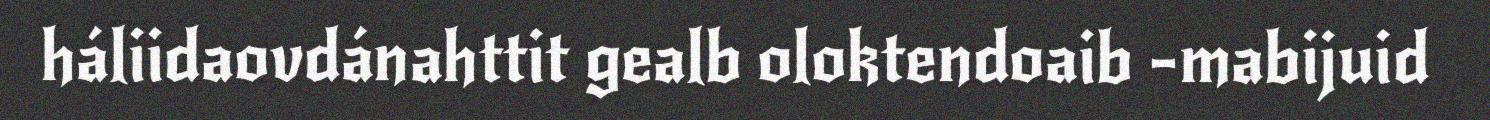
háliidaovdánahttit gealb oloktendoaib -mabijuid